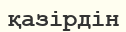
қазірдін